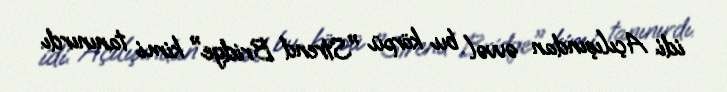
idi. Açılışından əvvəl bu körpü "Strend Bridge" kimi tanınırdı.